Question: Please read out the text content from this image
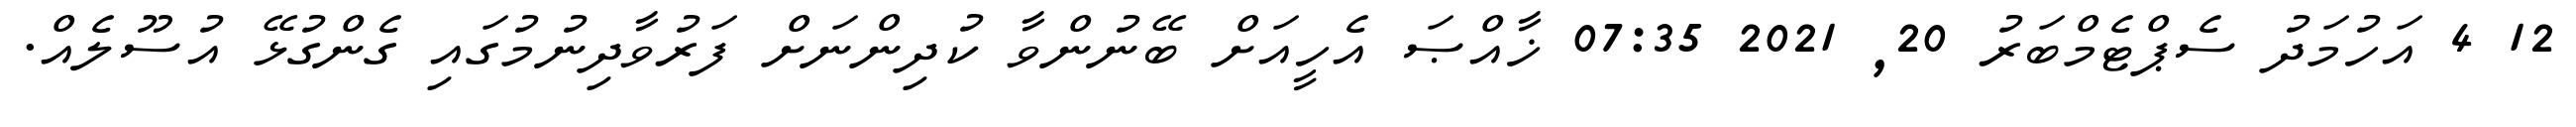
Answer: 12 4 އަހުމަދު ސެޕްޓެމްބަރު 20, 2021 07:35 ޚާއްޞަ އެހީއަށް ބޭނުންވާ ކުދިންނަށް ފަރުވާދިނުމުގައި ގެންގުޅޭ އުސޫލެއް.